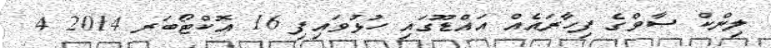
ލިންކް ސާވްގެ ފިހާރައެއް އައްޑޫގައި ހުޅުވައިފި 16 އޮކްޓޯބަރ 2014 4